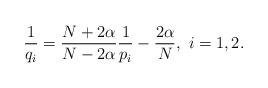
LaTeX: \begin{align*}\frac 1{q_i}=\frac {N+2\alpha}{N-2\alpha}\frac 1{p_i}-\frac {2\alpha}N, \,\, i = 1, 2. \end{align*}